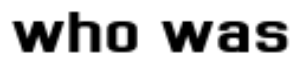
who was